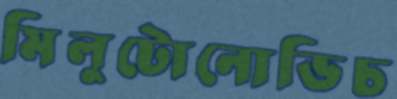
মিলুটোনোভিচ